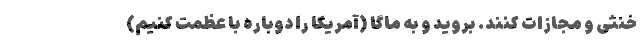
خنثی و مجازات کنند. بروید و به ماگا (آمریکا را دوباره با عظمت کنیم)